Calcutta medical institutions reports 1879-81 [i.e.91]
Year: 1879
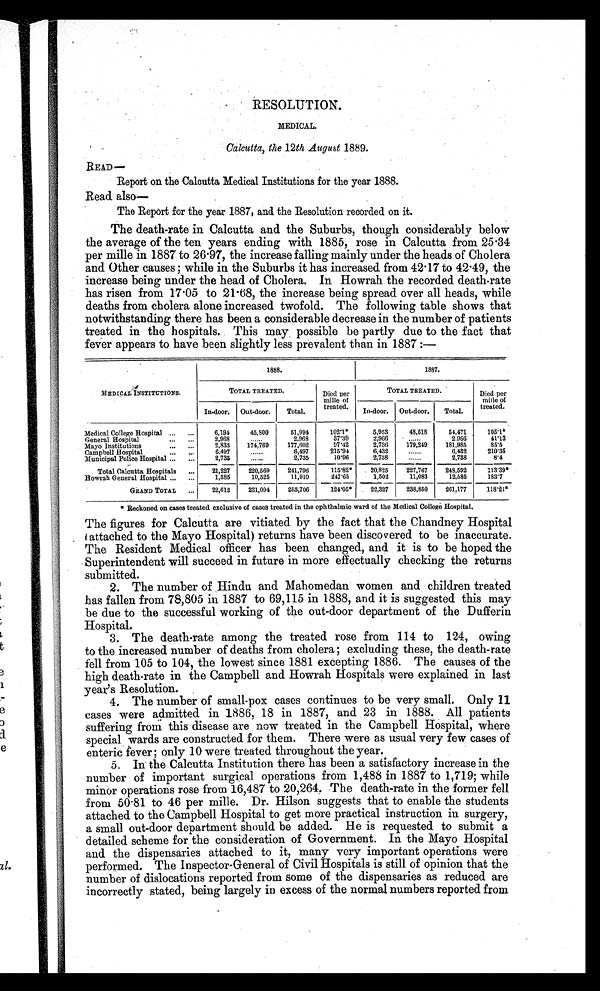
RESOLUTION.
MEDICAL.
Calcutta, the 12th August 1889.
READ—
Report on the Calcutta Medical Institutions for the year 1888.
Read also
—
The Report for the year 1887, and the Resolution recorded on it.
The death-rate in Calcutta and the Suburbs, though considerably below
the average of the ten years ending with 1885, rose in Calcutta from 25.34
per mille in 1887 to 26.97, the increase falling mainly under the heads of Cholera
and Other causes; while in the Suburbs it has increased from 42.17 to 42.49, the
increase being under the head of Cholera. In Howrah the recorded death-rate
has risen from 17.05 to 21.68, the increase being spread over all heads, while
deaths from cholera alone increased twofold. The following table shows that
notwithstanding there has been a considerable decrease in the number of patients
treated in the hospitals. This may possible be partly due to the fact that
fever appears to have been slightly less prevalent than in 1887:—
MEDICAL INSTITUTIONS.
1888.
1887.
TOTAL TREATED.
Died per
mille of
treated.
TOTAL TREATED.
Died per
mille of
t r e a t e d .
In-door. Out-door.
Total.
In-door. Out-door.
Total.
Medical College Hospital ...
...
6,194
45,800
51,994
102.1*
5,953
48,518
54,471
105.1*
General Hospital
. . .
. . .
2,968
. . . . . .
2,968
37.39
2,966
. . . . . .
2.966
41.13
Mayo Institutions
. . .
. . .
2,833
174,769
177,602
97.42
2,736
179,249
181,985
85.5
Campbell Hospital
. . .
. . .
6,497
. . . . . .
6,497
215.94
6,432
. . . . . .
6,432
210.35
Municipal Police Hospital ...
...
2,735
......
2,735
10.96
2,738
......
2,738
8.4
Total Calcutta Hospitals
...
21,227
220,569
241,796
115.82*
20,825
227,767
248,592
113.39*
Howrah General Hospital ...
...
1,385
10,525
11,910
247.65
1,502
11,083
12,585
183.7
GRAND TOTAL
...
22,612
231,094
253,706
124.05*
22,327
238,850
261,177 118.21*
•
*Reckoned on cases treated exclusive of cases treated in the ophthalmic ward of the Medical College Hospital.
The figures for Calcutta are vitiated by the fact that the Chandney Hospital
( a t t a c h e d t o t h e M a y o H o s p i t a l ) r e t u r n s h a v e b e e n d i s c o v e r e d t o b e i n a c c u r a t e .
The Resident Medical officer has been changed, and it is to be hoped the
Superintendent will succeed in future in more effectually checking the returns
submitted.
2. The number of Hindu and Mahomedan women and children treated
has fallen from 78,805 in 1887 to 69,115 in 1888, and it is suggested this may
be due to the successful working of the out-door department of the Dufferin
Hospital.
3. The death-rate among the treated rose from 114 to 124, owing
to the increased number of deaths from cholera; excluding these, the death-rate
fell from 105 to 104, the lowest since 1881 excepting 1886. The causes of the
high death-rate in the Campbell and Howrah Hospitals were explained in last
year's Resolution.
4. The number of small-pox cases continues to be very small. Only 11
cases were admitted in 1886, 18 in 1887, and 23 in 1888. All patients
suffering from this disease are now treated in the Campbell Hospital, where
special wards are constructed for them. There were as usual very few cases of
enteric fever; only 10 were treated throughout the year.
5. In the Calcutta Institution there has been a satisfactory increase in the
number of important surgical operations from 1,488 in 1887 to 1,719; while
minor operations rose from 16,487 to 20,264. The death-rate in the former fell
from 50.81 to 46 per mille. Dr. Hilson suggests that to enable the students
attached to the Campbell Hospital to get more practical instruction in surgery,
a small out-door department should be added. He is requested to submit a
detailed scheme for the consideration of Government. In the Mayo Hospital
and the dispensaries attached to it, many very important operations were
performed. The Inspector-General of Civil Hospitals is still of opinion that the
number of dislocations reported from some of the dispensaries as reduced are
incorrectly stated, being largely in excess of the normal numbers reported from